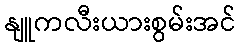
နျူကလီးယားစွမ်းအင်